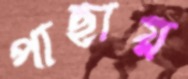
পাছায়